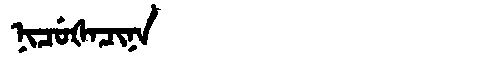
Manchu: ᠨᡳᠴᡠᡧᠠᠴᡳᠨᠠ
Romanization: NICUŠACINA